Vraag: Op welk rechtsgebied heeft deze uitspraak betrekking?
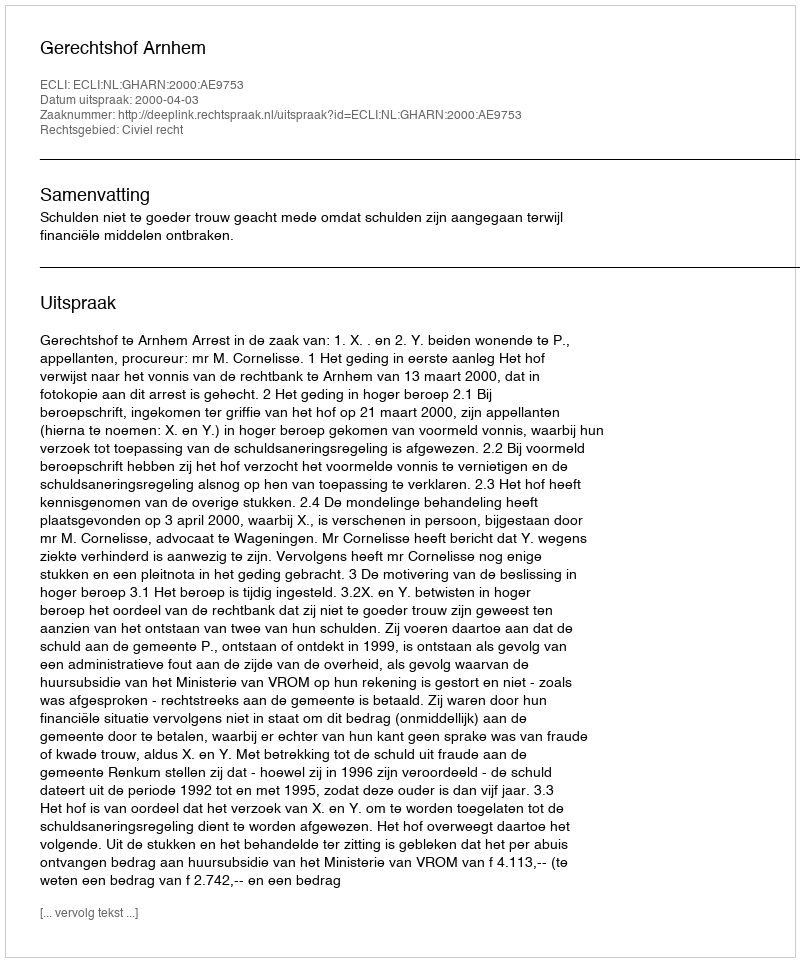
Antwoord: Civiel recht